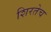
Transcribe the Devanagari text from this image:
शिरतेच